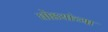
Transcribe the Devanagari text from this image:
घोडयांच्या